Report on the cholera epidemic of
Year: 1868
Disease focus: Cholera
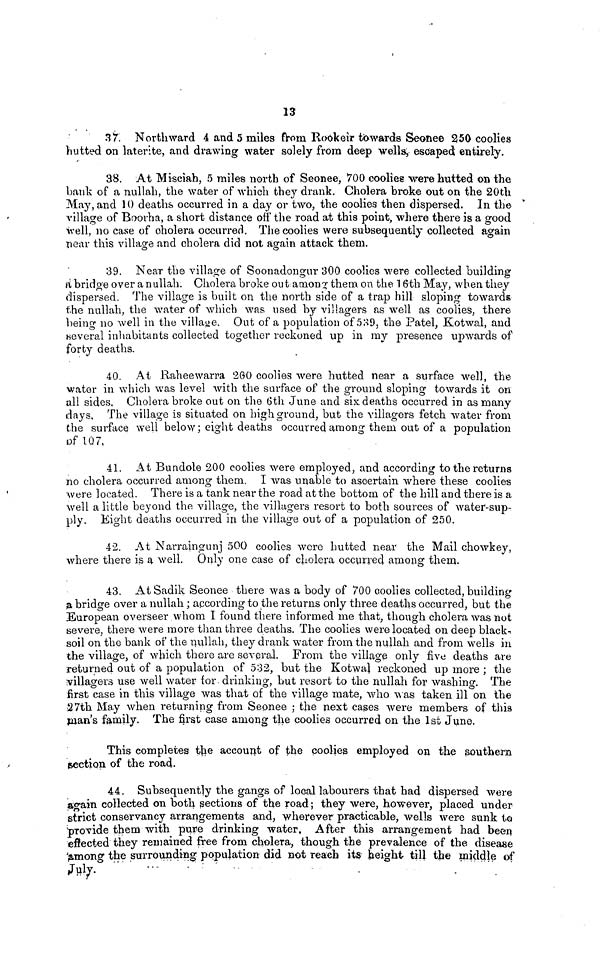
13
37. Northward 4 and 5 miles from Rookeir towards Seonee 250 coolies
hutted on laterite, and drawing water solely from deep wells, escaped entirely.
38. At Misciah, 5 miles north of Seonee, 700 coolies were hutted OB the
bank of a nullah, the water of which they drank. Cholera broke out on the 20th
May, and 10 deaths occurred in a day or two, the coolies then dispersed. In the
village of Boorha, a short distance off the road at this point, where there is a good
well, no case of cholera occurred. The coolies were subsequently collected again
near this village and cholera did not again attack them.
39. Near the village of Soonadoncmr 300 coolies were collected building
a bridge over a nullah. Cholera broke out among them on the 16th May, when they
dispersed. The village is built on the north side of a trap hill sloping towards
the nullah, the water of which was used by villagers as well as coolies, there
being no well in the village. Out of a population of 539, the Patel, Kotwal, and
several inhabitants collected together reckoned up in my presence upwards of
forty deaths.
40. At Raheewarra 260 coolies were hutted near a surface well, the
water in which was level with the surface of the ground sloping towards it on
all sides, Cholera broke out on the 6th June and six deaths occurred in as many
days. The village is situated on high ground, but the villagers fetch water from
the surface well below; eight deaths occurred among them out of a population
of 107.
41. At Bundole 200 coolies were employed, and according to the returns
no cholera occurred among them. I was unable to ascertain where these coolies
were located. There is a tank near the road at the bottom of the hill and there is a
well a little beyond the village, the villagers resort to both sources of water-sup-
ply. Eight deaths occurred in the village out of a population of 250.
42. At Narraingunj 500 coolies were hutted near the Mail chowkey,
where there is a well. Only one case of cholera occurred among them.
43. At Sadik Seonee there was a body of 700 coolies collected, building
ja bridge over a nullah ; according to the returns only three deaths occurred, but the
European overseer whom I found there informed me that, though cholera was not
severe, there were more than three deaths. The coolies were located on deep blacks
soil on the bank of the nullah, they drank water from the nullah and from wells in
the village, of which there are several. From the village only five deaths are
returned out of a population of 532, but the Kotwal reckoned up more ; the
villagers use well water for drinking, but resort to the nullah for washing. The
first case in this village was that of the village mate, who was taken ill on the
27th May when returning from Seonee ; the next cases were members of this
man's family. The first case among the coolies occurred on the 1st June.
This completes the account of the coolies employed on the southern
section of the road.
44. Subsequently the gangs of local labourers that had dispersed were
again collected on both sections of the road ; they were, however, placed under
strict conservancy arrangements and, wherever practicable, wells were sunk ίο
provide them with pure drinking water. After this arrangement had been
effected they remained free from cholera, though the prevalence of the disease
among the surrounding population did not reach its height till the middle of
July.